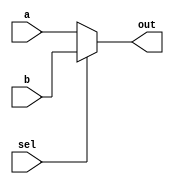
module top_module( 
    input a, b, sel,
    output out ); 

    assign out = sel ? b : a;
    
endmodule